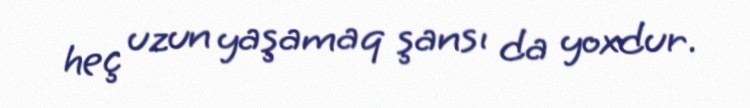
heç uzun yaşamaq şansı da yoxdur.